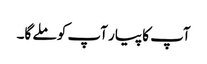
آپ کا پیار آپ کو ملے گا۔